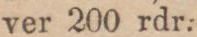
ver 200 rdr.